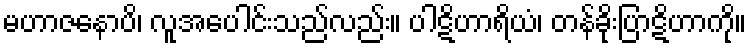
မဟာဇနောပိ၊ လူအပေါင်းသည်လည်း။ ပါဋိဟာရိယံ၊ တန်ခိုးပြာဋိဟာကို။